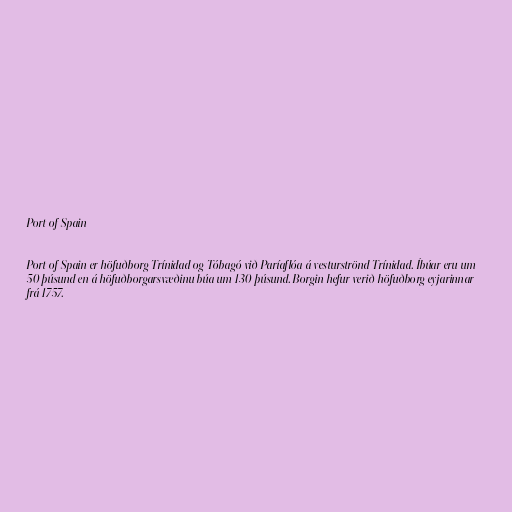
Port of Spain

Port of Spain er höfuðborg Trínidad og Tóbagó við Paríaflóa á vesturströnd Trínidad. Íbúar eru um
50 þúsund en á höfuðborgarsvæðinu búa um 130 þúsund. Borgin hefur verið höfuðborg eyjarinnar
frá 1757.